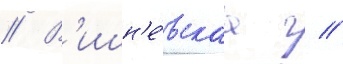
// В'ишн'е́вскаа г //